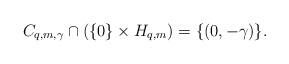
LaTeX: \begin{align*}C_{q,m,\gamma}\cap(\{0\}\times H_{q,m})=\{(0,-\gamma)\}.\end{align*}